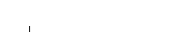
١٦